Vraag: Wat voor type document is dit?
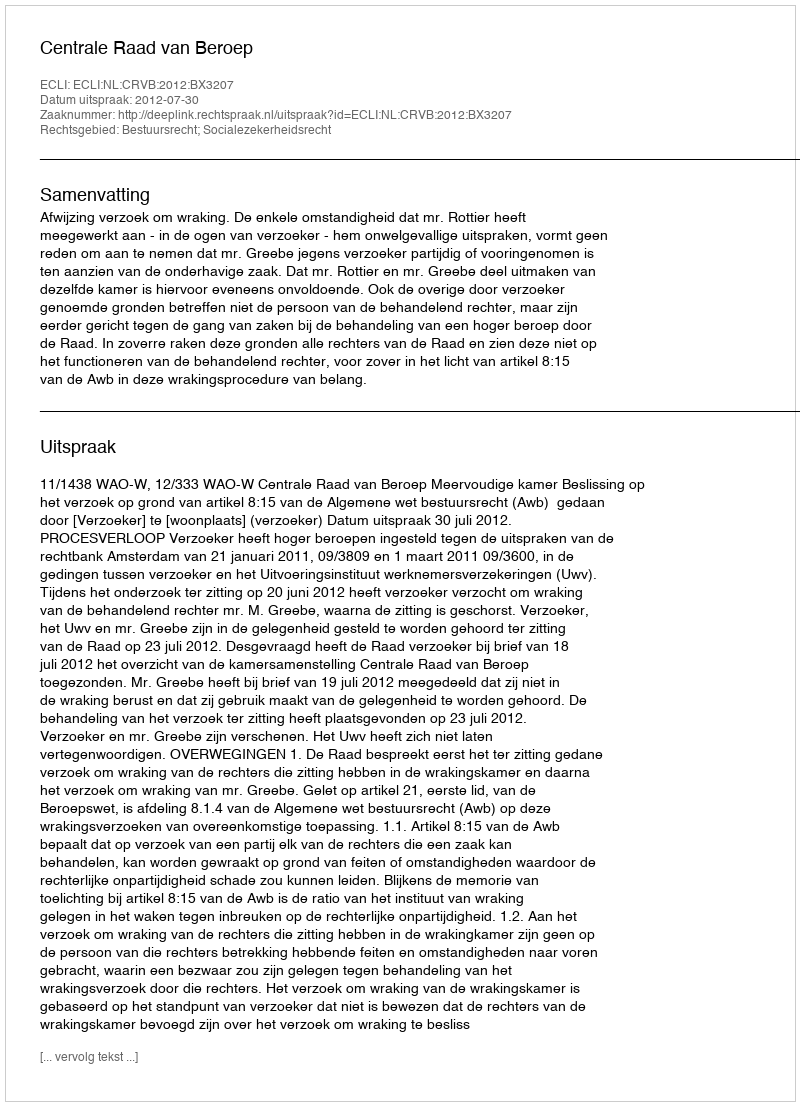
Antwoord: Uitspraak